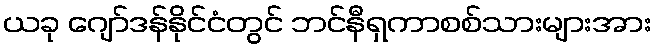
ယခု ဂျော်ဒန်နိုင်ငံတွင် ဘင်နီရှကာစစ်သားများအား